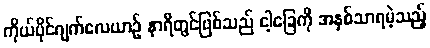
ကိုယ်ပိုင်ဂျက်လေယာဉ် နာရီတွင်ဖြစ်သည် ငါ့ခြေကို အနှစ်သာရမဲ့သည့်